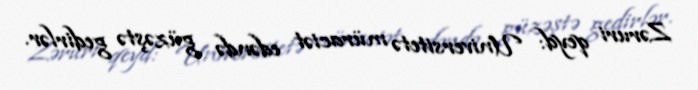
Zəruri qeyd: Universitetə müraciət edəndə güzəştə gedirlər.